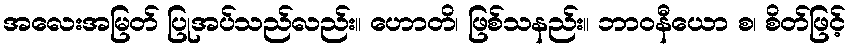
အလေးအမြတ် ပြုအပ်သည်လည်း။ ဟောတိ၊ ဖြစ်သနည်း။ ဘာဝနီယော စ၊ စိတ်ဖြင့်